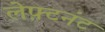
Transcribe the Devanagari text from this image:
लेफ़्टनंट